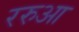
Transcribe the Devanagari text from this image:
ररुआ